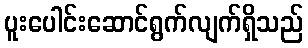
ပူးပေါင်းဆောင်ရွက်လျက်ရှိသည်